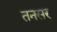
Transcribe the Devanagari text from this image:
तनसर